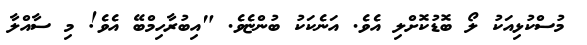
މުސްކުޅިއަކު ލޯ ބޮޑުކޮށްލި އެވެ. އަނެކަކު ބުންޏެވެ. "އިބުރާހިމްބޭ އެވެ! މި ސާއްލާ